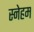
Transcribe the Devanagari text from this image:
स्नेहम